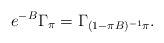
\begin{align*}e^{-B}\Gamma_{\pi} = \Gamma_{(1-\pi B)^{-1}\pi}.\end{align*}